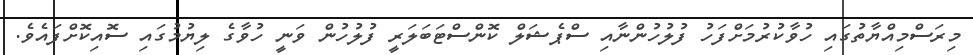
މިރަސްމިއްޔާތުގައި ހުވާކުރުމަށްފަހު ފުލުހުންނާއި ސްޕެޝަލް ކޮންސްޓަބަލަރީ ފުލުހުން ވަނީ ހުވާގެ ލިޔުމުގައި ސޮއިކޮށްފައެވެ.